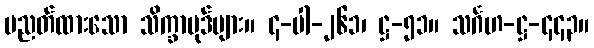
ပညတ်ထားသော သိက္ခာပုဒ်များ။ ၄-ပါ-၂၆၁၊ ဋ္ဌ-၅၁။ သင်္ဂဟ-ဋ္ဌ-၄၄၃။